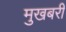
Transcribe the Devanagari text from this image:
मुखबरी